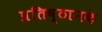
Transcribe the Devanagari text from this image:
प्रतिष्ठानके